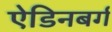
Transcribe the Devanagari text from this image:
ऐडिनबर्ग